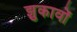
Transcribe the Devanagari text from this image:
झुकावों